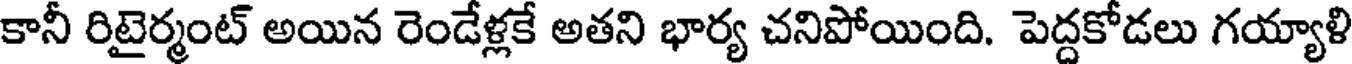
కానీ రిటైర్మంట్ అయిన రెండేళ్లకే అతని భార్య చనిపోయింది. పెద్దకోడలు గయ్యాళి